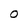
Character: O